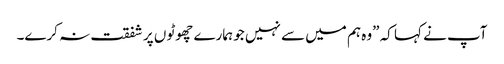
آپ نے کہا کہ ”وہ ہم میں سے نہیں جو ہمارے چھوٹو ں پر شفقت نہ کرے۔